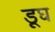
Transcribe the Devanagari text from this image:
डूघ